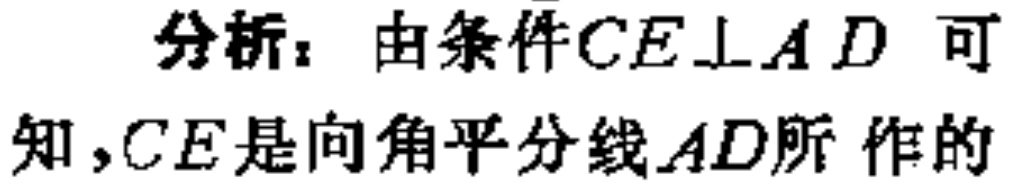
分析：由条件$CE\perp AD$可知，$CE$是向角平分线$AD$所作的